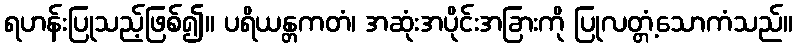
ရဟန်းပြုသည့်ဖြစ်၍။ ပရိယန္တကတံ၊ အဆုံးအပိုင်းအခြားကို ပြုလတ္တံ့သောကံသည်။